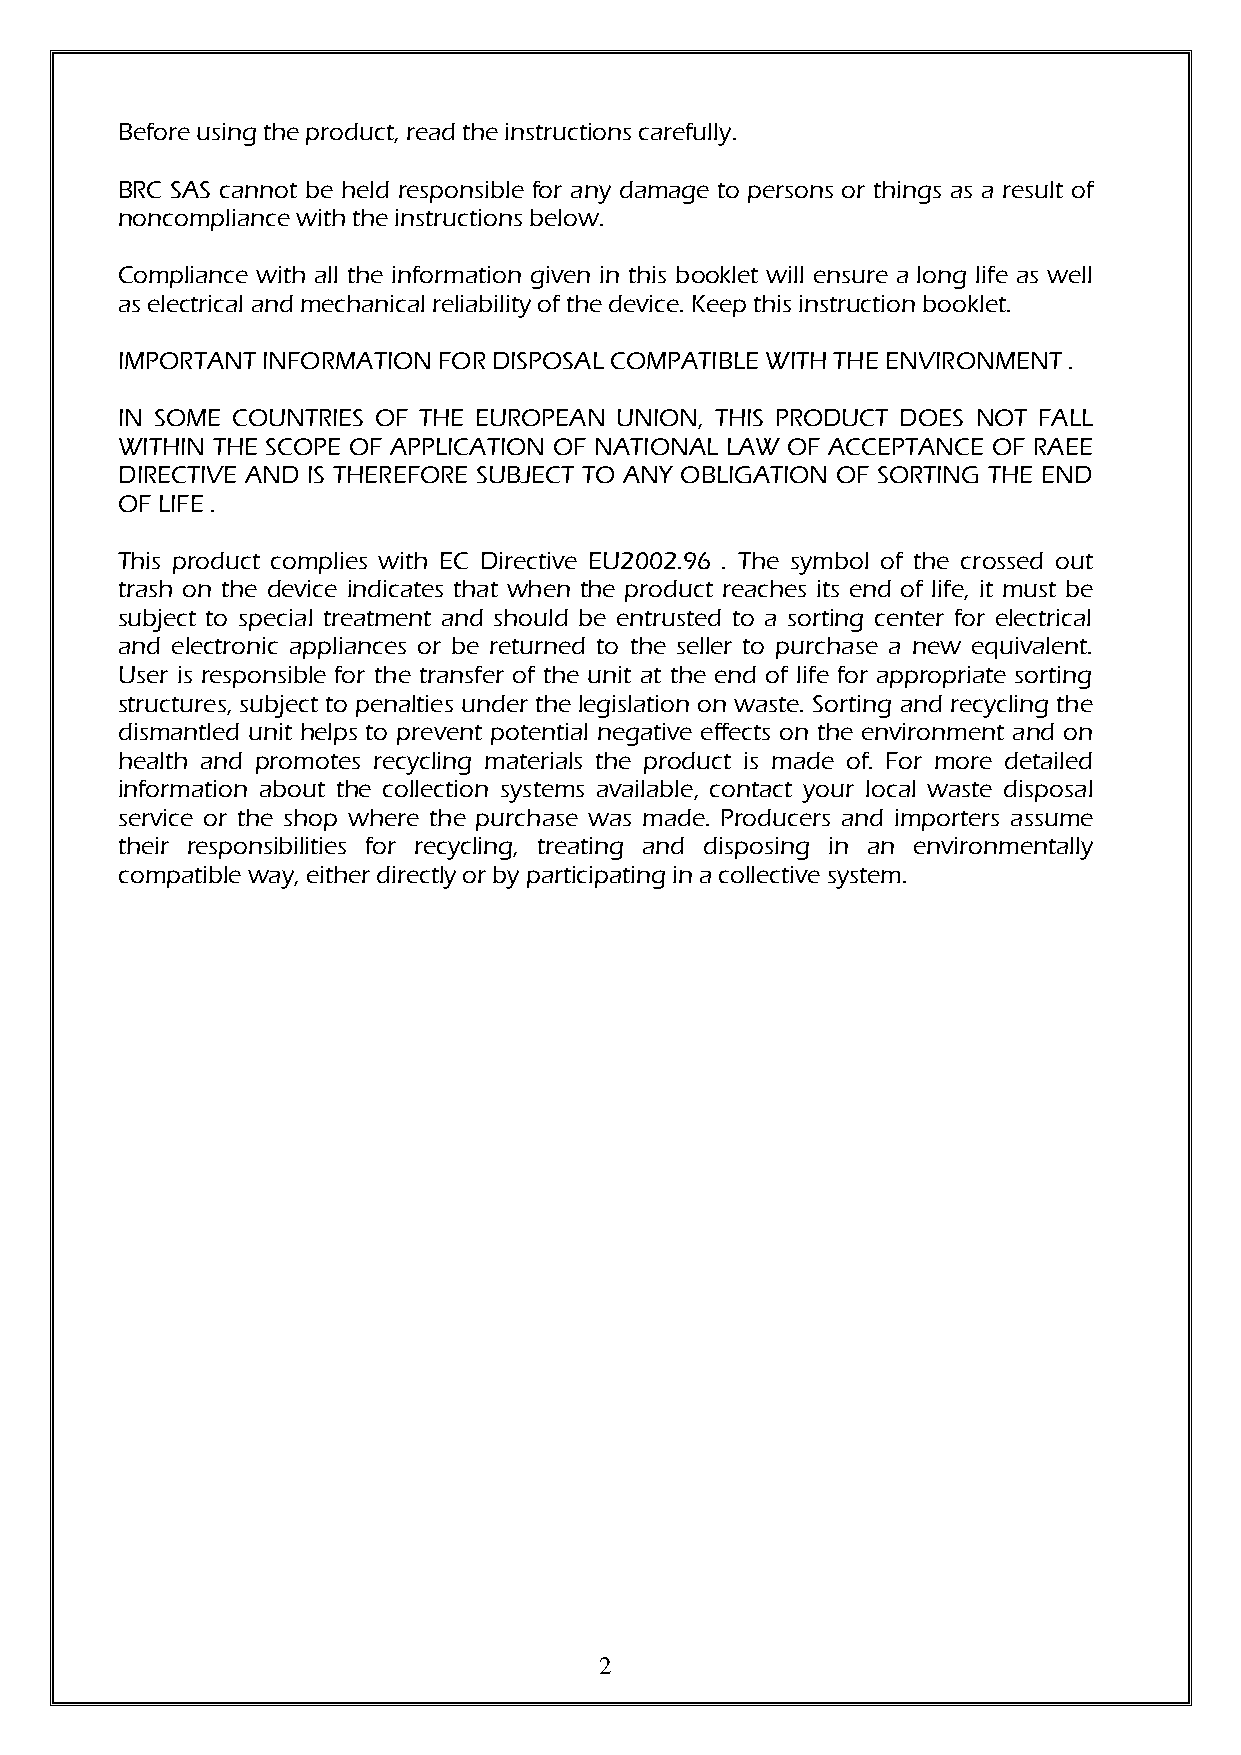
Before using the product, read the instructions carefully.
 BRC SAS cannot be held responsible for any damage to persons or things as a result of
 noncompliance with the instructions below.
 Compliance with all the information given in this booklet will ensure a long life as well
 as electrical and mechanical reliability of the device. Keep this instruction booklet.
 IMPORTANT INFORMATION FOR DISPOSAL COMPATIBLE WITH THE ENVIRONMENT .
 IN SOME COUNTRIES OF THE EUROPEAN UNION, THIS PRODUCT DOES NOT FALL
 WITHIN THE SCOPE OF APPLICATION OF NATIONAL LAW OF ACCEPTANCE OF RAEE
 DIRECTIVE AND IS THEREFORE SUBJECT TO ANY OBLIGATION OF SORTING THE END
 OF LIFE .
 This product complies with EC Directive EU2002.96 . The symbol of the crossed out
 trash on the device indicates that when the product reaches its end of life, it must be
 subject to special treatment and should be entrusted to a sorting center for electrical
 and electronic appliances or be returned to the seller to purchase a new equivalent.
 User is responsible for the transfer of the unit at the end of life for appropriate sorting
 structures, subject to penalties under the legislation on waste. Sorting and recycling the
 dismantled unit helps to prevent potential negative effects on the environment and on
 health and promotes recycling materials the product is made of. For more detailed
 information about the collection systems available, contact your local waste disposal
 service or the shop where the purchase was made. Producers and importers assume
 their responsibilities for recycling, treating and disposing in an environmentally
 compatible way, either directly or by participating in a collective system.
 2